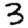
Digit: 3